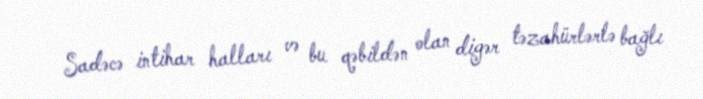
Sadəcə intihar halları və bu qəbildən olan digər təzahürlərlə bağlı